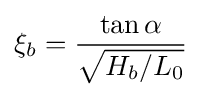
\xi _{b}={\frac {\tan \alpha }{\sqrt {H_{b}/L_{0}}}}